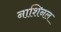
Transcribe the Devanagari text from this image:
नाशिनल